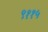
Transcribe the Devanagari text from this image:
९११५